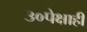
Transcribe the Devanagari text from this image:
३०पेक्षाही